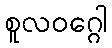
စူလဝဂ္ဂေါ